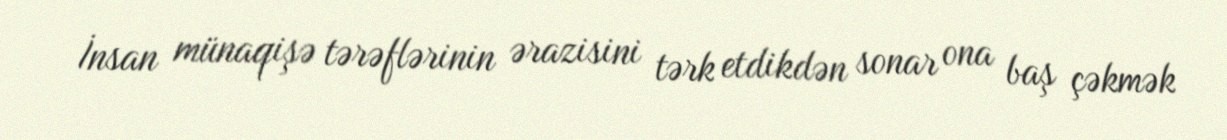
İnsan münaqişə tərəflərinin ərazisini tərk etdikdən sonar ona baş çəkmək